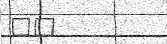
٢٧